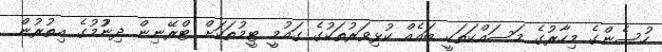
ހުސެންގެ މިހާރުގެ މަަސައްކަތަކީ ބައެއް ކުޅިވަރުތަކުގެ ގައުމީ ޓީމުތަކަށް ޓްރޭނިން ދިނުުމުގެ އިތުރުން